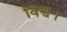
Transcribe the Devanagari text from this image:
विश्व।